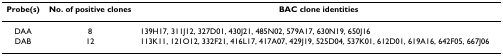
<table><thead><tr><td><b>Probe(s)</b></td><td><b>No. of positive clones</b></td><td><b>BAC clone identities</b></td></tr></thead><tbody><tr><td>DAA</td><td>8</td><td>139H17, 311J12, 327D01, 430J21, 485N02, 579A17, 630N19, 650J16</td></tr><tr><td>DAB</td><td>12</td><td>113K11, 121O12, 332F21, 416L17, 417A07, 429J19, 525D04, 537K01, 612D01, 619A16, 642F05, 667J06</td></tr></tbody></table>